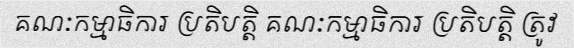
គណៈកម្មាធិការ ប្រតិបត្តិ គណៈកម្មាធិការ ប្រតិបត្តិ ត្រូវ